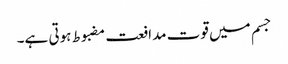
جسم میں قوت مدافعت مضبوط ہوتی ہے۔